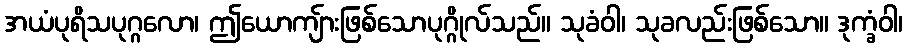
အယံပုရိသပုဂ္ဂလော၊ ဤယောကျ်ားဖြစ်သောပုဂ္ဂိုလ်သည်။ သုခံဝါ၊ သုခလည်းဖြစ်သော။ ဒုက္ခံဝါ၊